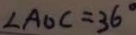
\angle A O C = 3 6 ^ { \circ }